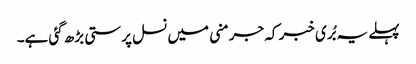
پہلے یہ بُری خبر کہ جرمنی میں نسل پرستی بڑھ گئی ہے۔